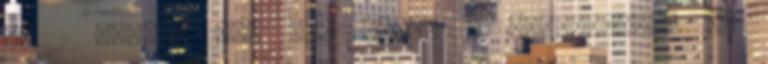
az 1 fontos ár. Ami abból a szempontból is